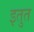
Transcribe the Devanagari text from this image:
इतुत